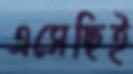
এসেছিই